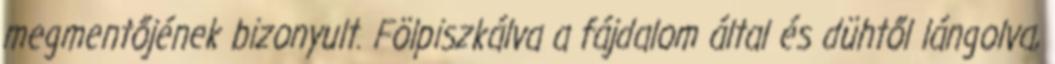
megmentőjének bizonyult. Fölpiszkálva a fájdalom által és dühtől lángolva,